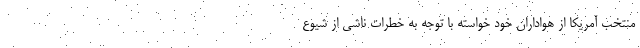
منتخب آمریکا از هواداران خود خواسته با توجه به خطرات ناشی از شیوع